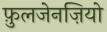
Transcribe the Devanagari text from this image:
फ़ुलजेनज़ियो